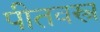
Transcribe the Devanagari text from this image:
पीतवस्त्र